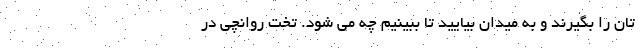
تان را بگیرند و به میدان بیایید تا ببینیم چه می شود. تخت روانچی در